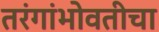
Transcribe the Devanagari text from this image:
तरंगांभोवतीचा